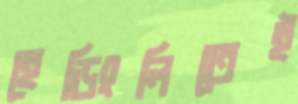
হেডিংলিতেই